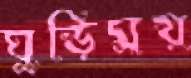
ঘুড়িময়